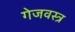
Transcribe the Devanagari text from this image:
गेजवस्त्र